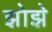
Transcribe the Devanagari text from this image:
झोझे